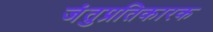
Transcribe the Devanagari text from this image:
जंतुप्रतिकारक